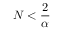
N < \frac { 2 } { \alpha }